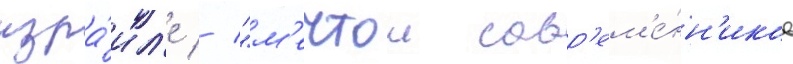
изра́ил'е // "м'ечтои совр'ем'е́нн'иков